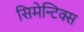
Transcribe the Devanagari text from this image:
सिमेन्टिक्स